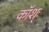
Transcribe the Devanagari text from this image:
कॉश्ः